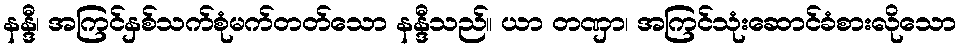
နန္ဒီ၊ အကြင်နှစ်သက်စုံမက်တတ်သော နန္ဒီသည်။ ယာ တဏှာ၊ အကြင်သုံးဆောင်ခံစားလိုသော